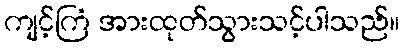
ကျင့်ကြံ အားထုတ်သွားသင့်ပါသည်။